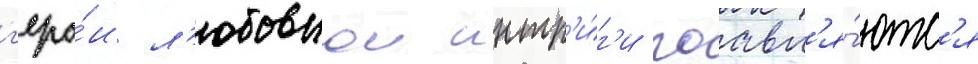
г'еро́и л'юбовнои интр'и́г'и поавл'я́ютс'я